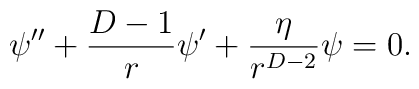
\psi^{\prime\prime}+\frac{D-1}{r}\psi^\prime+\frac{\eta}{r^{D-2}}\psi=0.